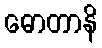
ဓောတာနိ